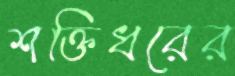
শক্তিধরের